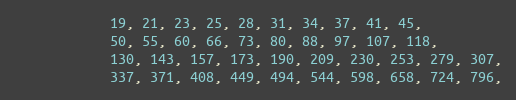
Language: C
			19, 21, 23, 25, 28, 31, 34, 37, 41, 45,
			50, 55, 60, 66, 73, 80, 88, 97, 107, 118,
			130, 143, 157, 173, 190, 209, 230, 253, 279, 307,
			337, 371, 408, 449, 494, 544, 598, 658, 724, 796,